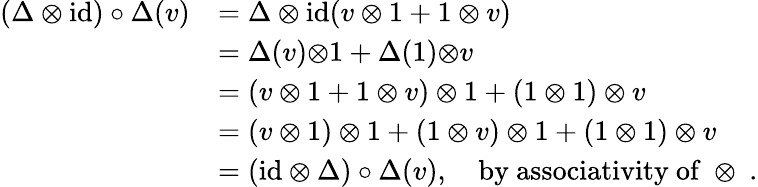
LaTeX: \begin{array}{rl}{(\Delta\otimes\mathrm{id})\circ\Delta(v)}&{=\Delta\otimes\mathrm{id}(v\otimes 1+1\otimes v)}\\ &{=\Delta(v){\otimes}1+\Delta(1){\otimes}v}\\ &{=(v\otimes 1+1\otimes v)\otimes 1+(1\otimes 1)\otimes v}\\ &{=(v\otimes 1)\otimes 1+(1\otimes v)\otimes 1+(1\otimes 1)\otimes v}\\ &{=(\mathrm{id}\otimes\Delta)\circ\Delta(v),\quad\mathrm{by~associativity~of~\otimes~.}}\end{array}